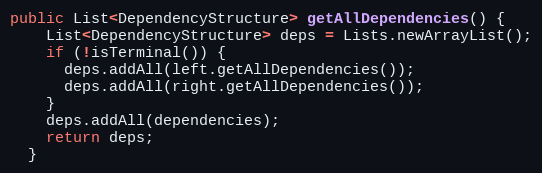
Language: Java
public List<DependencyStructure> getAllDependencies() {
    List<DependencyStructure> deps = Lists.newArrayList();
    if (!isTerminal()) {
      deps.addAll(left.getAllDependencies());
      deps.addAll(right.getAllDependencies());
    }
    deps.addAll(dependencies);
    return deps;
  }